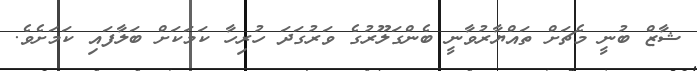
ޝާޒް ބުނީ މެޗަށް ތައްޔާރުވާނީ ބެންގަލޫރުގެ ވަރުގަދަ ހުރިހާ ކަމަކަށް ބަލާފައި ކަމަށެވެ.